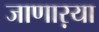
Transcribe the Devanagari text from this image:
जाणाऱया